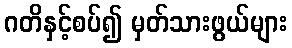
ဂတိနှင့်စပ်၍ မှတ်သားဖွယ်များ